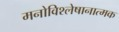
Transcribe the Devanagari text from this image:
मनोविश्लेषानात्मक